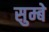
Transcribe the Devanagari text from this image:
सुम्बे